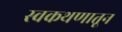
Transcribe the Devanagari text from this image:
स्वकथणातून